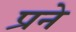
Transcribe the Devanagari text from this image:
प्रने